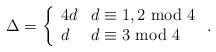
LaTeX: \begin{align*}\Delta=\left\{\begin{array}{ll} 4d&d\equiv1,2~{\rm mod}~4\\ d&d\equiv3~{\rm mod}~4\end{array}\right..\end{align*}